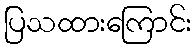
ပြသထားကြောင်း